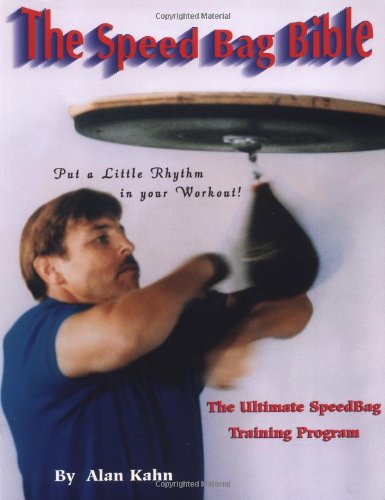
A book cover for The Speed Bag Bible; Alan H. Kahn; Sports & Outdoors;